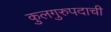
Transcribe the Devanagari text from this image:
कुलगुरुपदाची